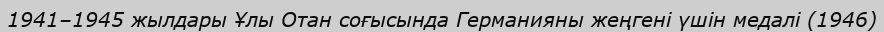
1941–1945 жылдары Ұлы Отан соғысында Германияны жеңгені үшін медалі (1946)